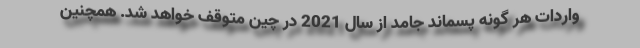
واردات هر گونه پسماند جامد از سال 2021 در چین متوقف خواهد شد. همچنین